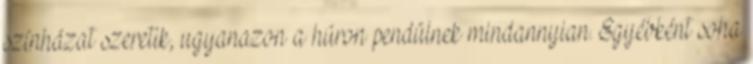
színházat szeretik, ugyanazon a húron pendülnek mindannyian. Egyébként soha